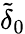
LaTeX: \widetilde{\delta}_{0}